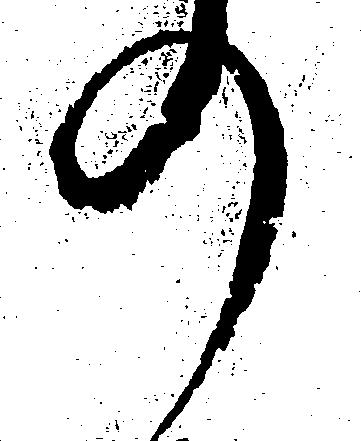
の